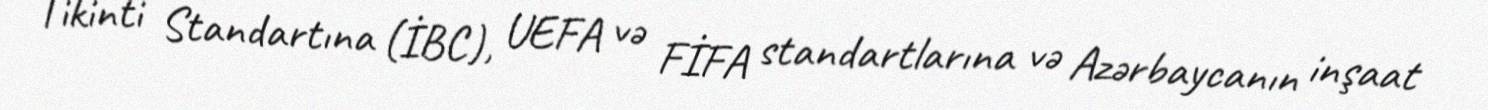
Tikinti Standartına (İBC), UEFA və FİFA standartlarına və Azərbaycanın inşaat